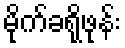
မိုက်ခရိုဖုန်း